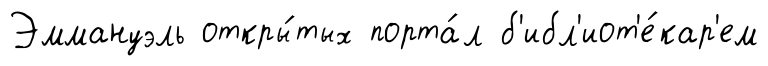
Эммануэль откры́тых порта́л б'ибл'иот'е́кар'ем